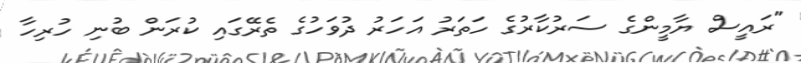
"ރައީސް ޔާމީންގެ ސަރުކާރުގެ ހަތަރު އަހަރު ދުވަހުގެ ތެރޭގައި ކުރަން ބުނި ހުރިހާ